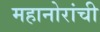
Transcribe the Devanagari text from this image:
महानोरांची